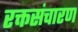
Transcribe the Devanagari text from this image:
रक्तसंचारण